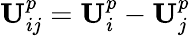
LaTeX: \mathbf{U}_{ij}^{p}=\mathbf{U}_{i}^{p}-\mathbf{U}_{j}^{p}